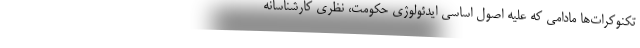
تکنوکرات‌ها مادامی که علیه اصول اساسی ایدئولوژی حکومت، نظری کارشناسانه